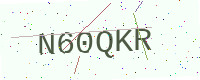
Text: N60QKR